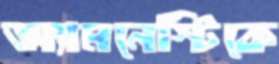
অ্যামনেস্টিকে